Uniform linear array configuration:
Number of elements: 16
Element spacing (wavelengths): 0.5
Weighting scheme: kaiser
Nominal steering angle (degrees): -15
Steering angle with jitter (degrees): -14.99
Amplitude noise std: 0.05
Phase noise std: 0.05

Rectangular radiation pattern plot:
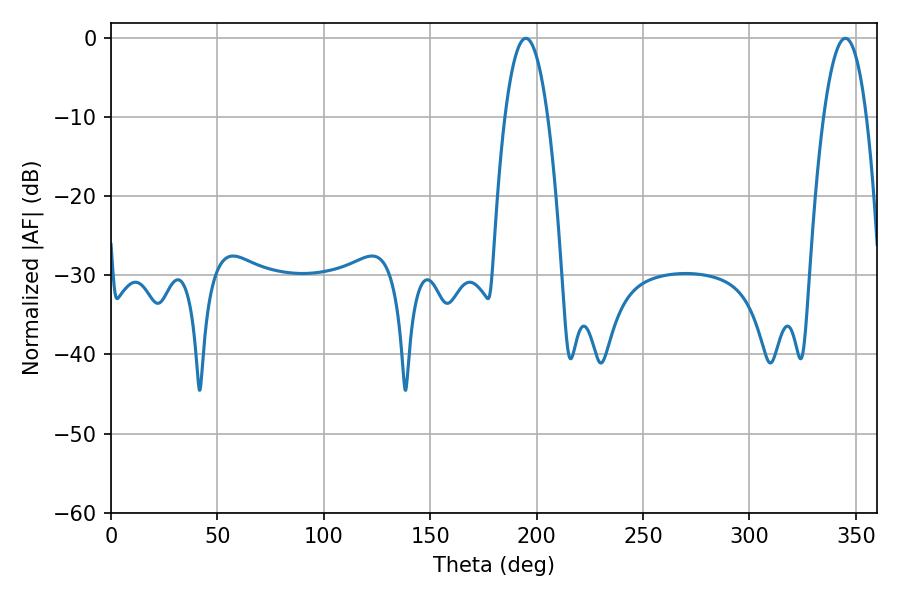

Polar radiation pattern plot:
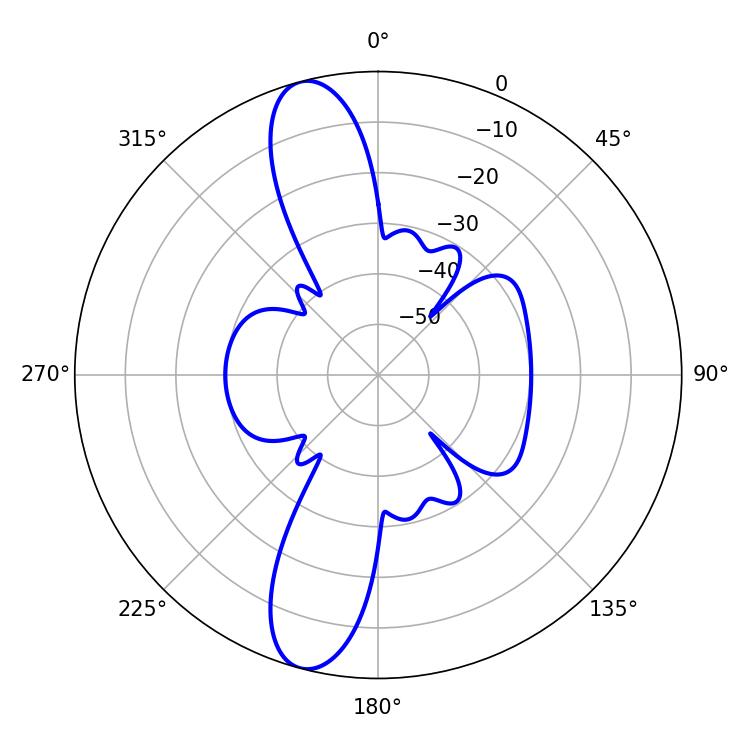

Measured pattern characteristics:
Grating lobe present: FALSE
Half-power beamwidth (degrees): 11.16
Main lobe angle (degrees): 194.94